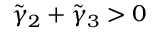
\tilde { \gamma } _ { 2 } + \tilde { \gamma } _ { 3 } > 0